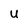
Character: U